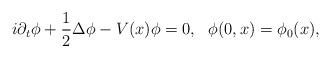
LaTeX: \begin{align*}i\partial_t \phi+\frac12\Delta\phi-V(x)\phi=0, \ \ \phi(0,x)=\phi_0(x),\end{align*}